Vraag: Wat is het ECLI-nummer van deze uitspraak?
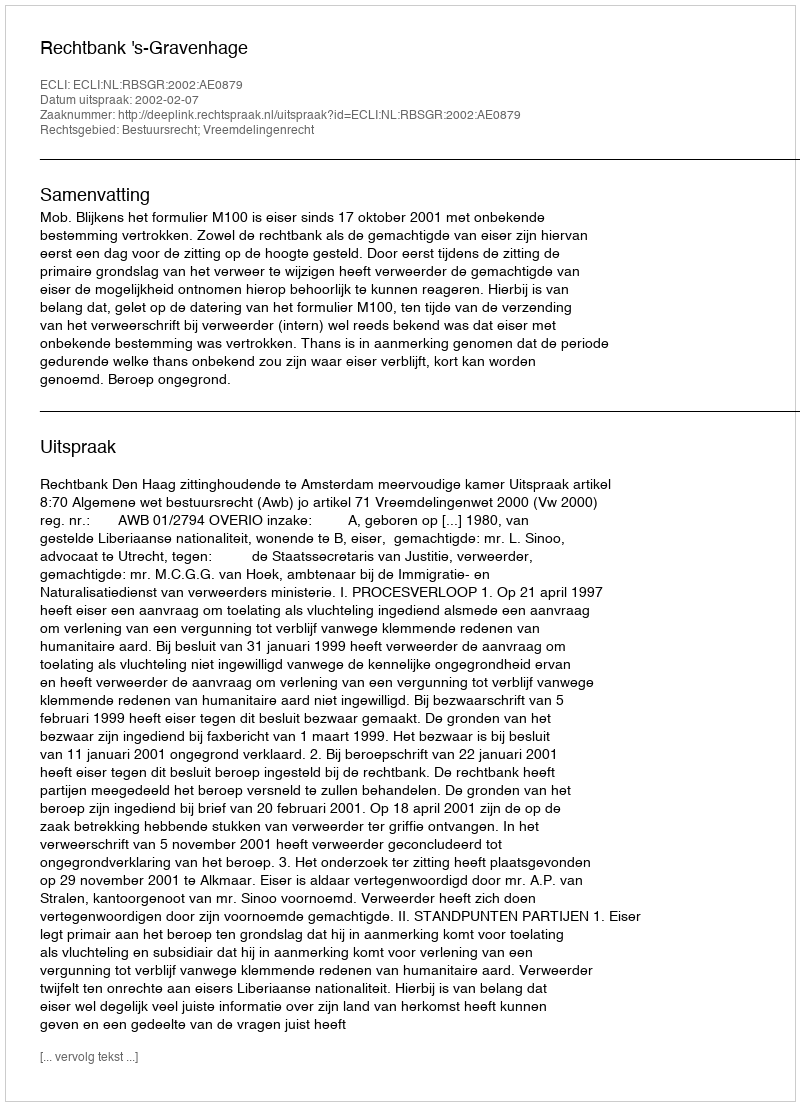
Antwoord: ECLI:NL:RBSGR:2002:AE0879